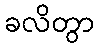
ခလိတွာ